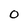
Character: O